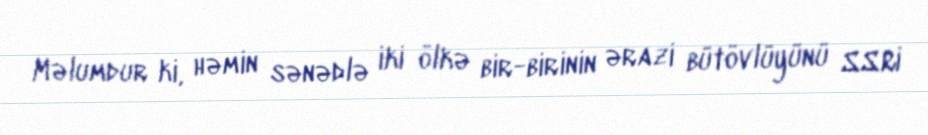
Məlumdur ki, həmin sənədlə iki ölkə bir-birinin ərazi bütövlüyünü SSRİ